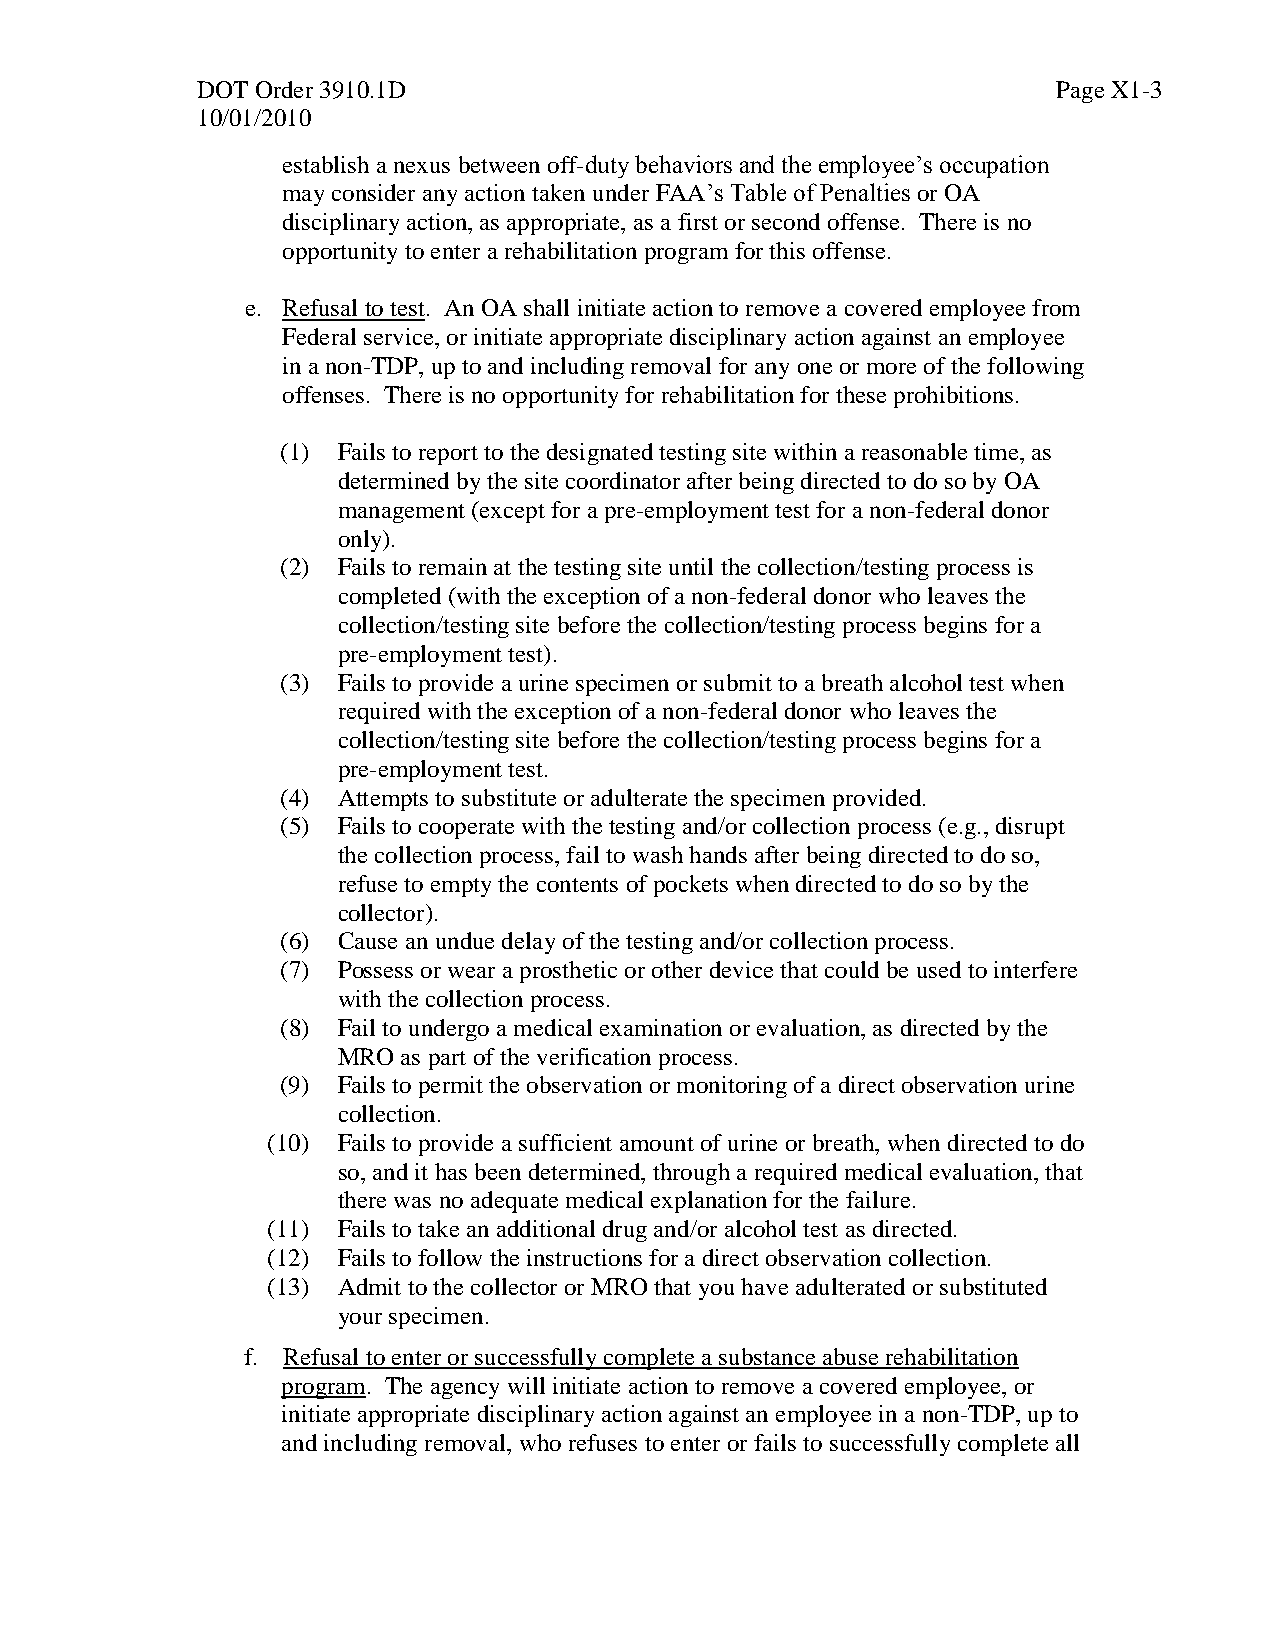
DOT Order 3910.1D                                        Page X1-3
 10/01/2010
 establish a nexus between off-duty behaviors and the employee’s occupation
 may consider any action taken under FAA’s Table of Penalties or OA
 disciplinary action, as appropriate, as a first or second offense. There is no
 opportunity to enter a rehabilitation program for this offense.
 e. Refusal to test. An OA shall initiate action to remove a covered employee from
 Federal service, or initiate appropriate disciplinary action against an employee
 in a non-TDP, up to and including removal for any one or more of the following
 offenses. There is no opportunity for rehabilitation for these prohibitions.
 (1) Fails to report to the designated testing site within a reasonable time, as
 determined by the site coordinator after being directed to do so by OA
 management (except for a pre-employment test for a non-federal donor
 only).
 (2) Fails to remain at the testing site until the collection/testing process is
 completed (with the exception of a non-federal donor who leaves the
 collection/testing site before the collection/testing process begins for a
 pre-employment test).
 (3) Fails to provide a urine specimen or submit to a breath alcohol test when
 required with the exception of a non-federal donor who leaves the
 collection/testing site before the collection/testing process begins for a
 pre-employment test.
 (4) Attempts to substitute or adulterate the specimen provided.
 (5) Fails to cooperate with the testing and/or collection process (e.g., disrupt
 the collection process, fail to wash hands after being directed to do so,
 refuse to empty the contents of pockets when directed to do so by the
 collector).
 (6) Cause an undue delay of the testing and/or collection process.
 (7) Possess or wear a prosthetic or other device that could be used to interfere
 with the collection process.
 (8) Fail to undergo a medical examination or evaluation, as directed by the
 MRO  as part of the verification process.
 (9) Fails to permit the observation or monitoring of a direct observation urine
 collection.
 (10) Fails to provide a sufficient amount of urine or breath, when directed to do
 so, and it has been determined, through a required medical evaluation, that
 there was no adequate medical explanation for the failure.
 (11) Fails to take an additional drug and/or alcohol test as directed.
 (12) Fails to follow the instructions for a direct observation collection.
 (13) Admit to the collector or MRO that you have adulterated or substituted
 your specimen.
 f. Refusal to enter or successfully complete a substance abuse rehabilitation
 program. The agency will initiate action to remove a covered employee, or
 initiate appropriate disciplinary action against an employee in a non-TDP, up to
 and including removal, who refuses to enter or fails to successfully complete all